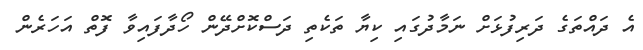
އެ ދައްތަގެ ދަރިފުޅަށް ނަމާދުގައި ކިޔާ ތަކެތި ދަސްކޮށްދޭން ހޯދާފައިވާ ފޮތް އަހަރެން